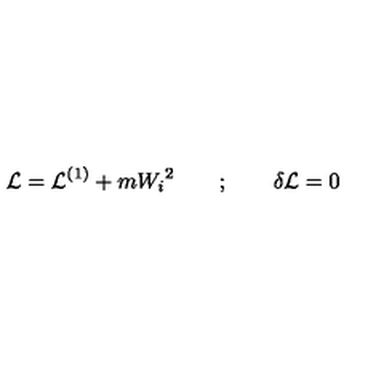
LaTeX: { \cal L } = { \cal L } ^ { ( 1 ) } + m { W _ { i } } ^ { 2 } \quad \quad ; \quad \quad \delta { \cal L } = 0